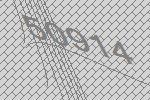
50914